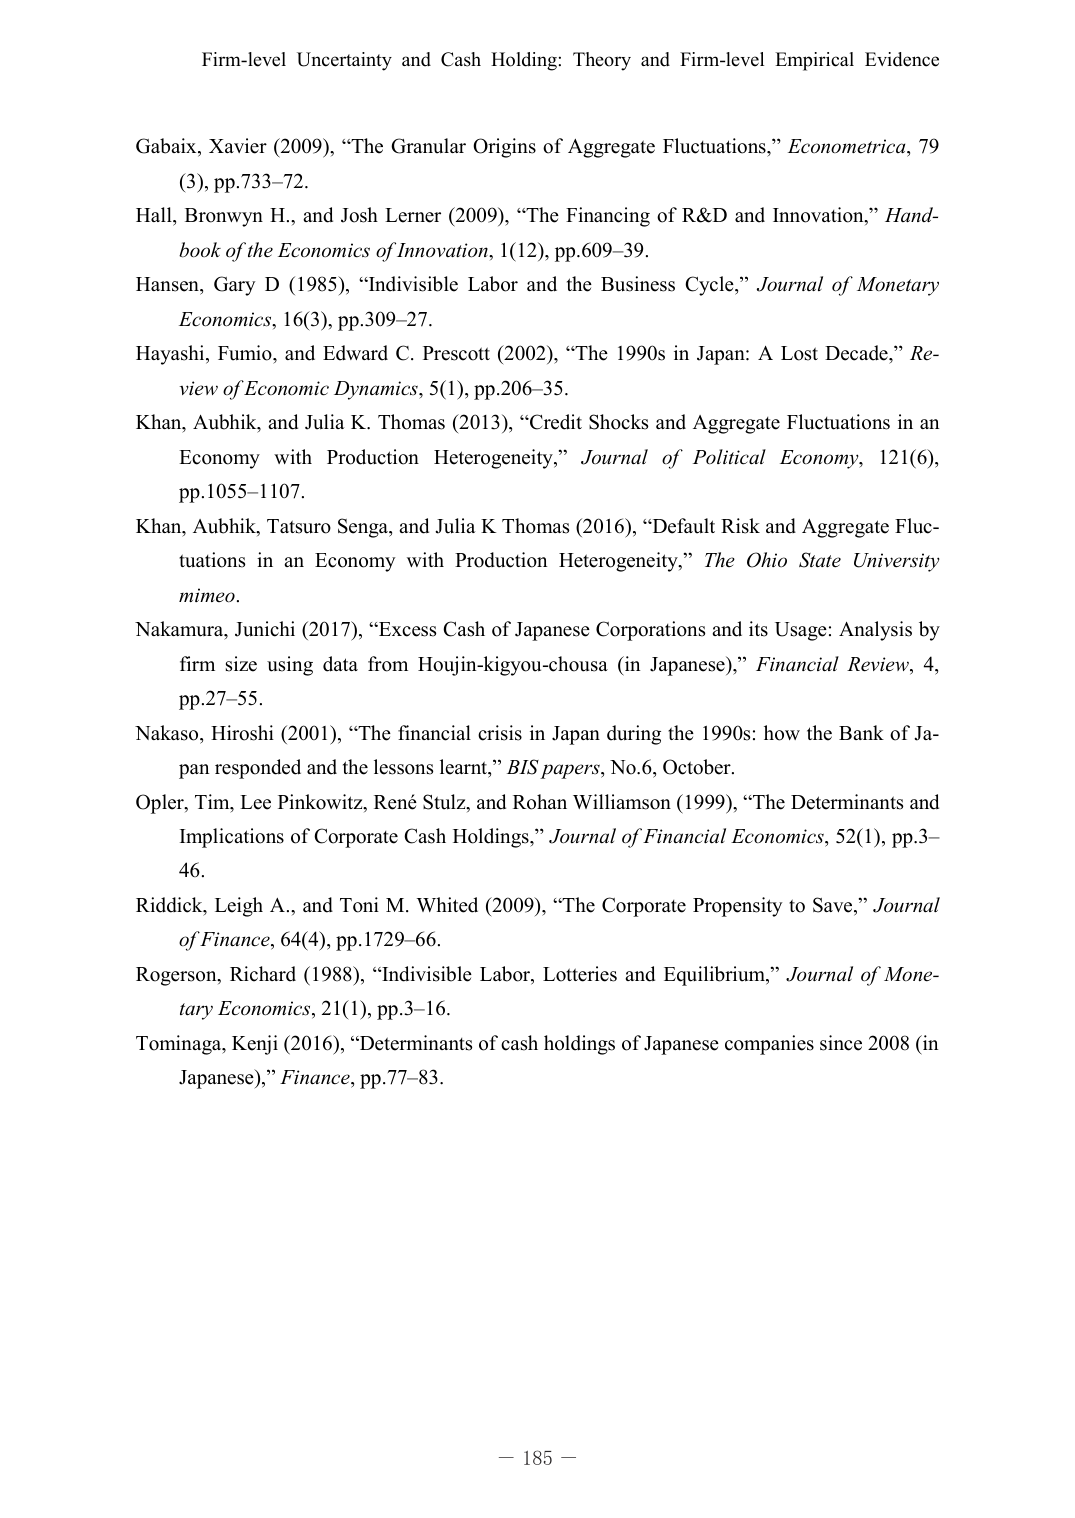
Firm-level Uncertainty and Cash Holding: Theory and Firm-level Empirical Evidence

Gabaix, Xavier (2009), “The Granular Origins of Aggregate Fluctuations,” Econometrica, 79 (3), pp.733–72.

Hall, Bronwyn H., and Josh Lerner (2009), “The Financing of R&D and Innovation,” Handbook of the Economics of Innovation, 1(12), pp.609–39.

Hansen, Gary D (1985), “Indivisible Labor and the Business Cycle,” Journal of Monetary Economics, 16(3), pp.309–27.

Hayashi, Fumio, and Edward C. Prescott (2002), “The 1990s in Japan: A Lost Decade,” Review of Economic Dynamics, 5(1), pp.206–35.

Khan, Aubhik, and Julia K. Thomas (2013), “Credit Shocks and Aggregate Fluctuations in an Economy with Production Heterogeneity,” Journal of Political Economy, 121(6), pp.1055–1107.

Khan, Aubhik, Tatsuro Senga, and Julia K Thomas (2016), “Default Risk and Aggregate Fluctuations in an Economy with Production Heterogeneity,” The Ohio State University mimeo.

Nakamura, Junichi (2017), “Excess Cash of Japanese Corporations and its Usage: Analysis by firm size using data from Houjin-kigyou-chousa (in Japanese),” Financial Review, 4, pp.27–55.

Nakaso, Hiroshi (2001), “The financial crisis in Japan during the 1990s: how the Bank of Japan responded and the lessons learnt,” BIS papers, No.6, October.

Opler, Tim, Lee Pinkowitz, René Stulz, and Rohan Williamson (1999), “The Determinants and Implications of Corporate Cash Holdings,” Journal of Financial Economics, 52(1), pp.3–46.

Riddick, Leigh A., and Toni M. Whited (2009), “The Corporate Propensity to Save,” Journal of Finance, 64(4), pp.1729–66.

Rogerson, Richard (1988), “Indivisible Labor, Lotteries and Equilibrium,” Journal of Monetary Economics, 21(1), pp.3–16.

Tominaga, Kenji (2016), “Determinants of cash holdings of Japanese companies since 2008 (in Japanese),” Finance, pp.77–83.

— 185 —